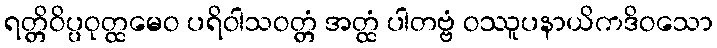
ရတ္တိဝိပ္ပဝုတ္ထမေဝ ပရိဝါသဝတ္တံ အတ္ထံ ပါတဗ္ဗံ ဝဿူပနာယိကဒိဝသော